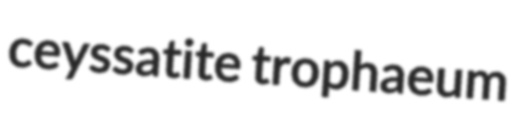
ceyssatite trophaeum